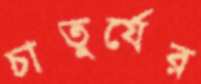
চাতুর্যের